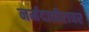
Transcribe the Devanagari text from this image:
नर्मदातीरावर